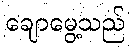
ချောမွေ့သည်